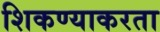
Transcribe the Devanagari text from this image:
शिकण्याकरता